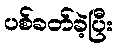
ပစ်ခတ်ခဲ့ပြီး